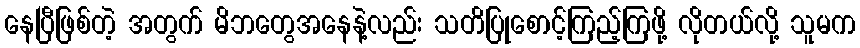
နေပြီဖြစ်တဲ့ အတွက် မိဘတွေအနေနဲ့လည်း သတိပြုစောင့်ကြည့်ကြဖို့ လိုတယ်လို့ သူမက